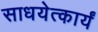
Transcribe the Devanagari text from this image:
साधयेत्कार्यं